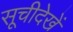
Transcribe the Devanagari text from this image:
सूचीदेखें